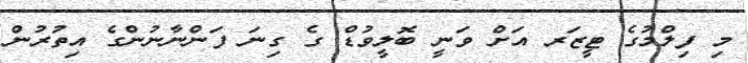
މި ފިލްމުގެ ޓީޒަރ އަށް ވަނީ ބޮލީވުޑް ގެ ގިނަ ފަންނާނުންގެ އިތުރުން